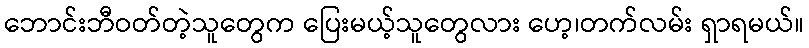
ဘောင်းဘီဝတ်တဲ့သူတွေက ပြေးမယ့်သူတွေလား ဟေ့၊တက်လမ်း ရှာရမယ်။